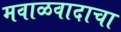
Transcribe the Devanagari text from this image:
मवाळवादाचा